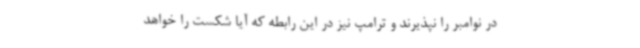
در نوامبر را نپذیرند و ترامپ نیز در این رابطه که آیا شکست را خواهد